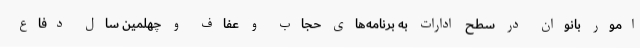
امور بانوان در سطح ادارات به برنامه‌های حجاب و عفاف و چهلمین سال دفاع